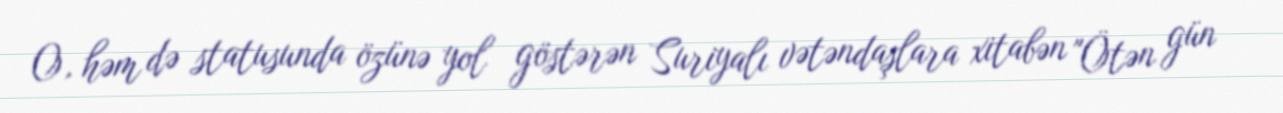
O, həm də statusunda özünə yol göstərən Suriyalı vətəndaşlara xitabən "Ötən gün